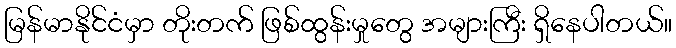
မြန်မာနိုင်ငံမှာ တိုးတက် ဖြစ်ထွန်းမှုတွေ အများကြီး ရှိနေပါတယ်။